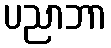
ပညာဘာ